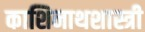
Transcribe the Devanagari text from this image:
काशिनाथशास्त्री